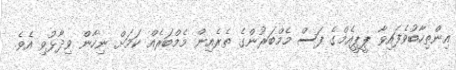
އިންތިހާބުވެފައިވާ ޕީޕީއެމްގެ ފަސް މެމްބަރުންގެ ތެރެއިން މެމްބަރެއް ކަމަށް ނިހާން ވިދާޅުވި އެވެ.